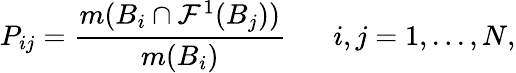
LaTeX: P_{ij}=\frac{m(B_{i}\cap\mathcal{F}^{1}(B_{j}))}{m(B_{i})}\; \; \; \; \; \; i,j=1,...,N,